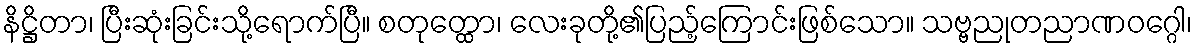
နိဋ္ဌိတာ၊ ပြီးဆုံးခြင်းသို့ရောက်ပြီ။ စတုတ္ထော၊ လေးခုတို့၏ပြည့်ကြောင်းဖြစ်သော။ သဗ္ဗညုတညာဏဝဂ္ဂေါ၊